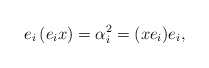
\begin{align*}e_{i}\left( e_{i}x\right) =\alpha _{i}^{2}=(xe_{i})e_{i}, \end{align*}